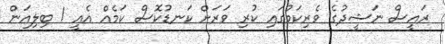
ރައީސް ނަޝީދުގެ ވެރިކަމުގައި ކުރި ވަރަށް ކަނޑުކޮސް ކަމެއް އެއީ 1 ބިލިއަން